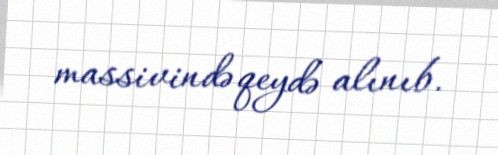
massivində qeydə alınıb.